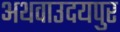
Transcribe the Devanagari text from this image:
अथवाउदयपुर